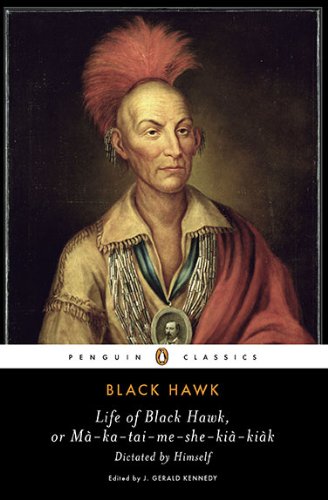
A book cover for Life of Black Hawk, or Ma-ka-tai-me-she-kia-kiak: Dictated by Himself (Penguin Classics); Black Hawk; Biographies & Memoirs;